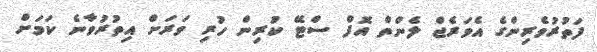
ފަތުރުވެރިންގެ އެވަރެޖް ލެންތް އޮފް ސްޓޭ ކުރިން ހުރި ވަރަށް އިތުރުވާނެ ކަމަށް